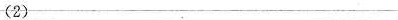
(2)___